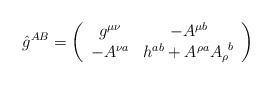
\begin{align*}\hat{g}^{AB} =\left( \begin{array}{cc} g^{\mu\nu} & -A^{\mu b} \\-A^{\nu a} & h^{ab} + A^{\rho a} {A_{\rho}}^b \end{array} \right)\end{align*}